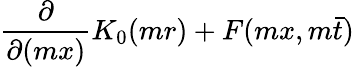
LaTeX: \frac{\partial}{\partial(mx)}K_{0}(mr)+F(mx,m\bar{t})